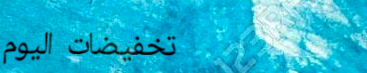
تخفيضات اليوم